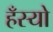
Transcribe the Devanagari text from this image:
हँस्‍यो